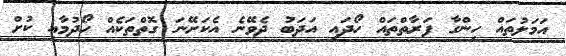
އަމަލުތައް ހިންގާ ފަރާތްތައް ހޯދައި އަދަބު ދެވޭނެ އެކަށޭނަ ގޮތްތަކެއް ހޯދުމާއި ކުށް